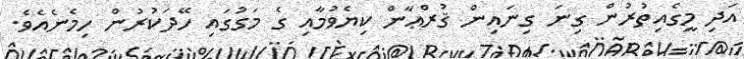
އަަދި މީގެއިތުރުން ގިނަ ގިނައިން ޤުރްޢާން ކިޔެވުމާއި ގެ މަގުގައި ހޭދަކުރުން ހިމެނެއެވެ.